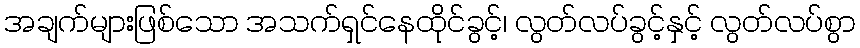
အချက်များဖြစ်သော အသက်ရှင်နေထိုင်ခွင့်၊ လွတ်လပ်ခွင့်နှင့် လွတ်လပ်စွာ